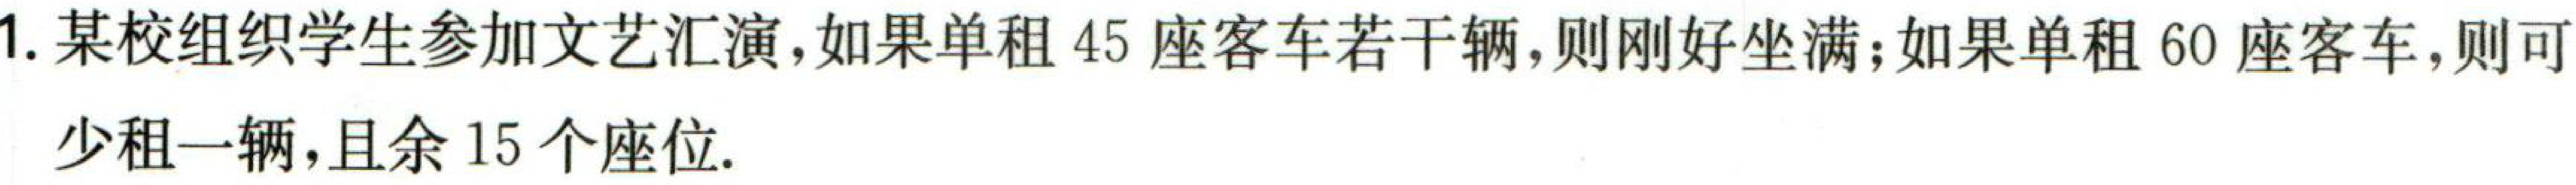
1. 某校组织学生参加文艺汇演，如果单租\(45\)座客车若干辆，则刚好坐满；如果单租\(60\)座客车，则可
少租一辆，且余\(15\)个座位.